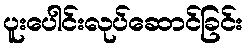
ပူးပေါင်းလုပ်ဆောင်ခြင်း